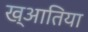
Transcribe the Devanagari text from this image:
ख्आतिया